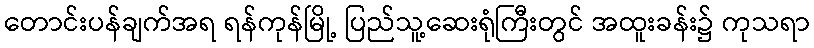
တောင်းပန်ချက်အရ ရန်ကုန်မြို့ ပြည်သူ့ဆေးရုံကြီးတွင် အထူးခန်း၌ ကုသရာ